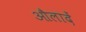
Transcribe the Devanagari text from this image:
औलादें